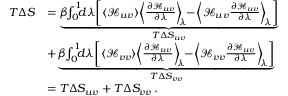
\begin{array} { r l } { T \Delta S } & { = \underbrace { \beta \! \! \int _ { 0 } ^ { 1 } \! \! \! d \lambda \! \left[ \langle \mathcal { H } _ { u v } \rangle \! \left\langle \frac { \partial \mathcal { H } _ { u v } } { \partial \lambda } \right\rangle _ { \! \! \lambda } \! \! - \! \left\langle \mathcal { H } _ { u v } \frac { \partial \mathcal { H } _ { u v } } { \partial \lambda } \right\rangle _ { \! \! \lambda } \right] } _ { T \Delta S _ { u v } } } \\ & { + \underbrace { \beta \! \! \int _ { 0 } ^ { 1 } \! \! \! d \lambda \! \left[ \langle \mathcal { H } _ { v v } \rangle \! \left\langle \frac { \partial \mathcal { H } _ { u v } } { \partial \lambda } \right\rangle _ { \! \! \lambda } \! \! - \! \left\langle \mathcal { H } _ { v v } \frac { \partial \mathcal { H } _ { u v } } { \partial \lambda } \right\rangle _ { \! \! \lambda } \right] } _ { T \Delta S _ { v v } } } \\ & { = T \Delta S _ { u v } + T \Delta S _ { v v } \, . } \end{array}